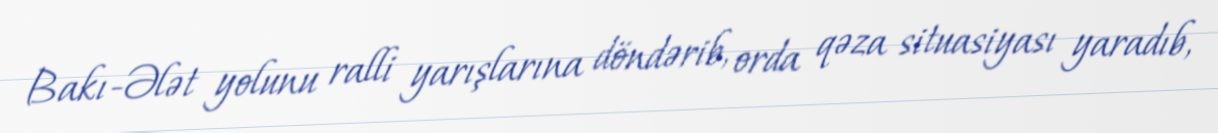
Bakı-Ələt yolunu ralli yarışlarına döndərib, orda qəza situasiyası yaradıb,